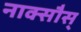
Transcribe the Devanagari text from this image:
नाक्सौस्